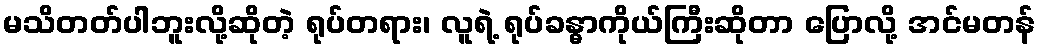
မသိတတ်ပါဘူးလို့ဆိုတဲ့ ရုပ်တရား၊ လူရဲ့ ရုပ်ခန္ဓာကိုယ်ကြီးဆိုတာ ပြောလို့ အင်မတန်